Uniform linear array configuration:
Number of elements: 64
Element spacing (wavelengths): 0.25
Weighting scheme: uniform
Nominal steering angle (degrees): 45
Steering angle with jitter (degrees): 45.044
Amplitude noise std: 0.05
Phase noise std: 0.05

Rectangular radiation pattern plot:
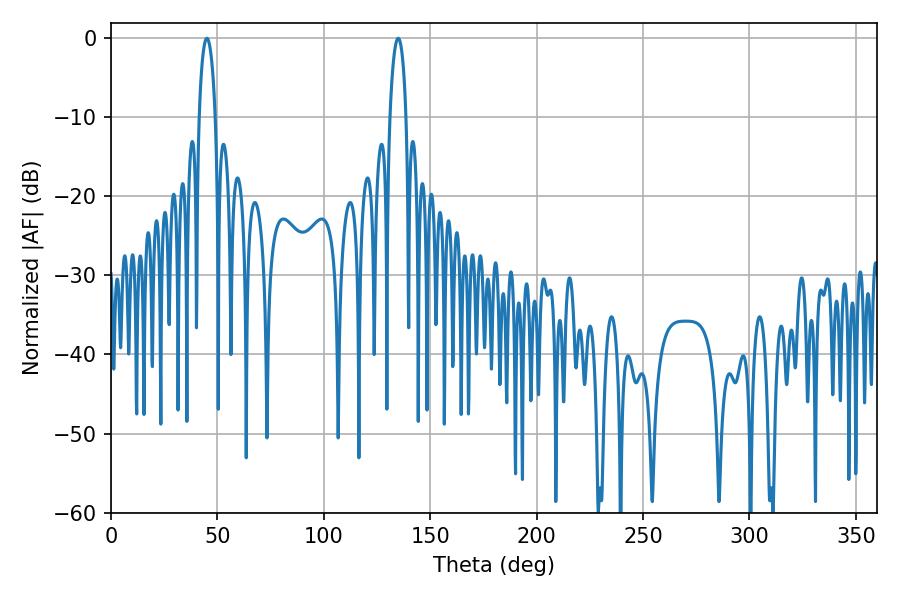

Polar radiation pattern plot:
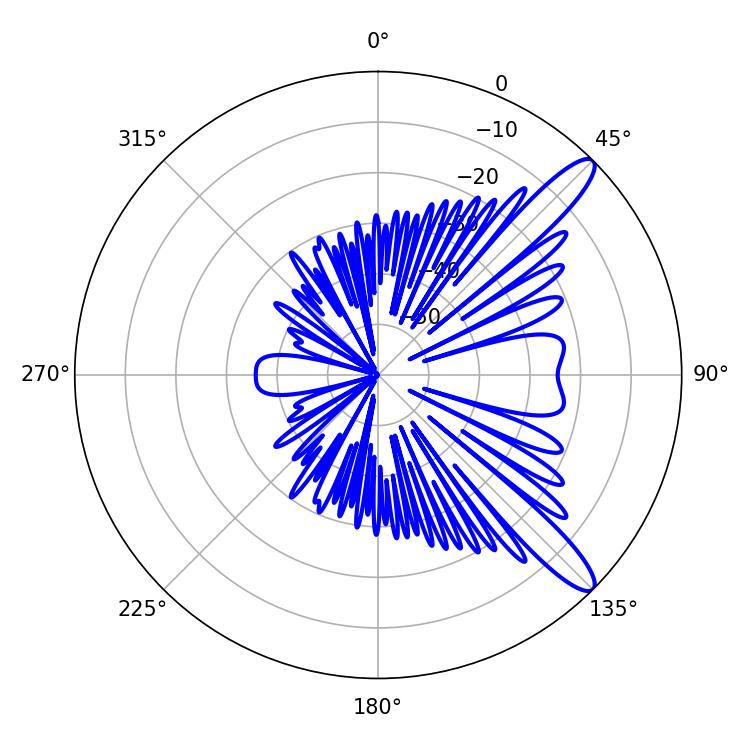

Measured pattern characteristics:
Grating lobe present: FALSE
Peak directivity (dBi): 12.014
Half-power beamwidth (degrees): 4.32
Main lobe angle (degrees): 45